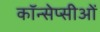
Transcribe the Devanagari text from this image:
कॉन्सेप्सीओं